Leningradi_Edasi_toimetus, lk 7
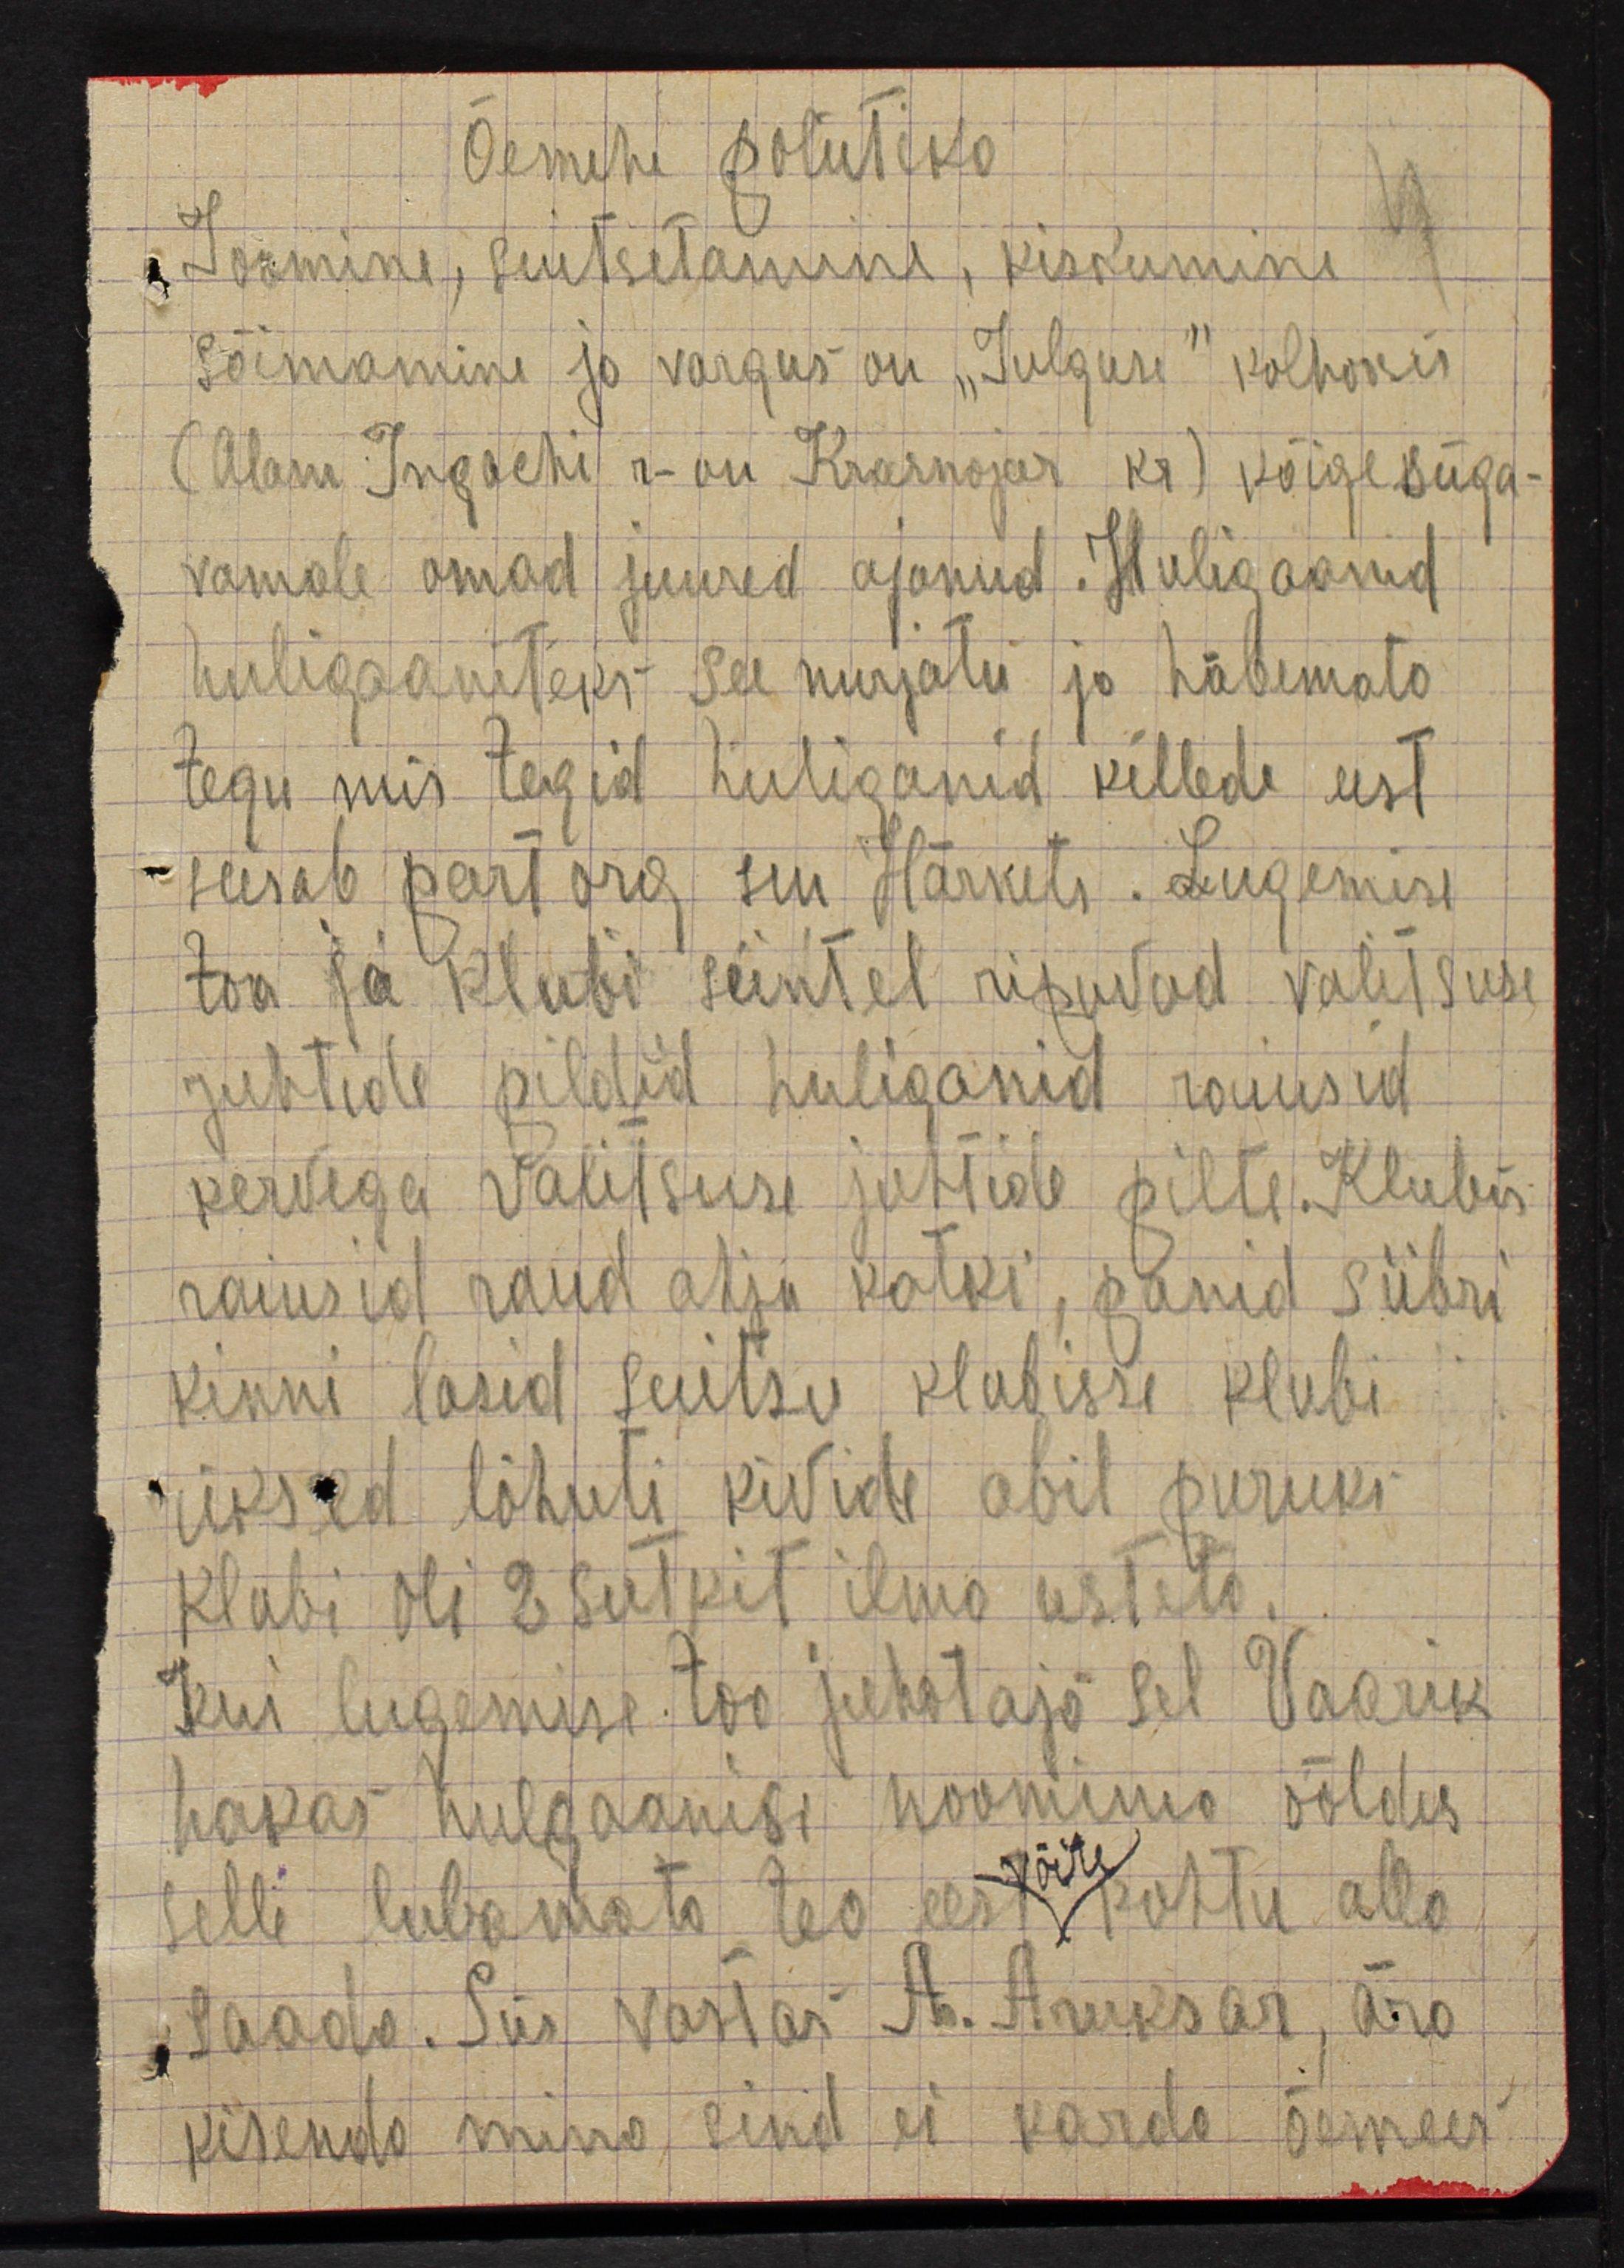
Õemehe poliitika
Joomine, suitsetamine, kiskumine
sõimamine ja vargus on "Julguse" kolhoosis
(Alam Ingachi r-on Krasnojar kr) kõige süga-
vamale omad juured ajanud. Huligaanid
huligaaniteks see nurjatu ja häbemata
tegu mis tegid huliganid kellede eest
seisab part org sm Härnets. Lugemise
toa ja klubi seintel ripuvad valitsuse
juhtide pildid huliganid raiusid
kervega valitsuse juhtide pilte. Klubis
raiusid raud ahju katki, panid siibri
kinni lasid suitsu klubisse klubi
uksed lõhuti kivide abil puruks
Klubi oli 2 sutkit ilma usteta.
Kui lugemise toa juhataja sel Vaarik
hakas hulgaanisi noomima ööldes
selle lubamata teo eest võite kohtu alla
saada. Siis vastas A. Aruksar, ära
kisenda mino sind ei karda õemees